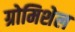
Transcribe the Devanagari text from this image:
ग्रोमिशेल